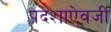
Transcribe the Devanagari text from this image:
प्रदेशाऐवजी